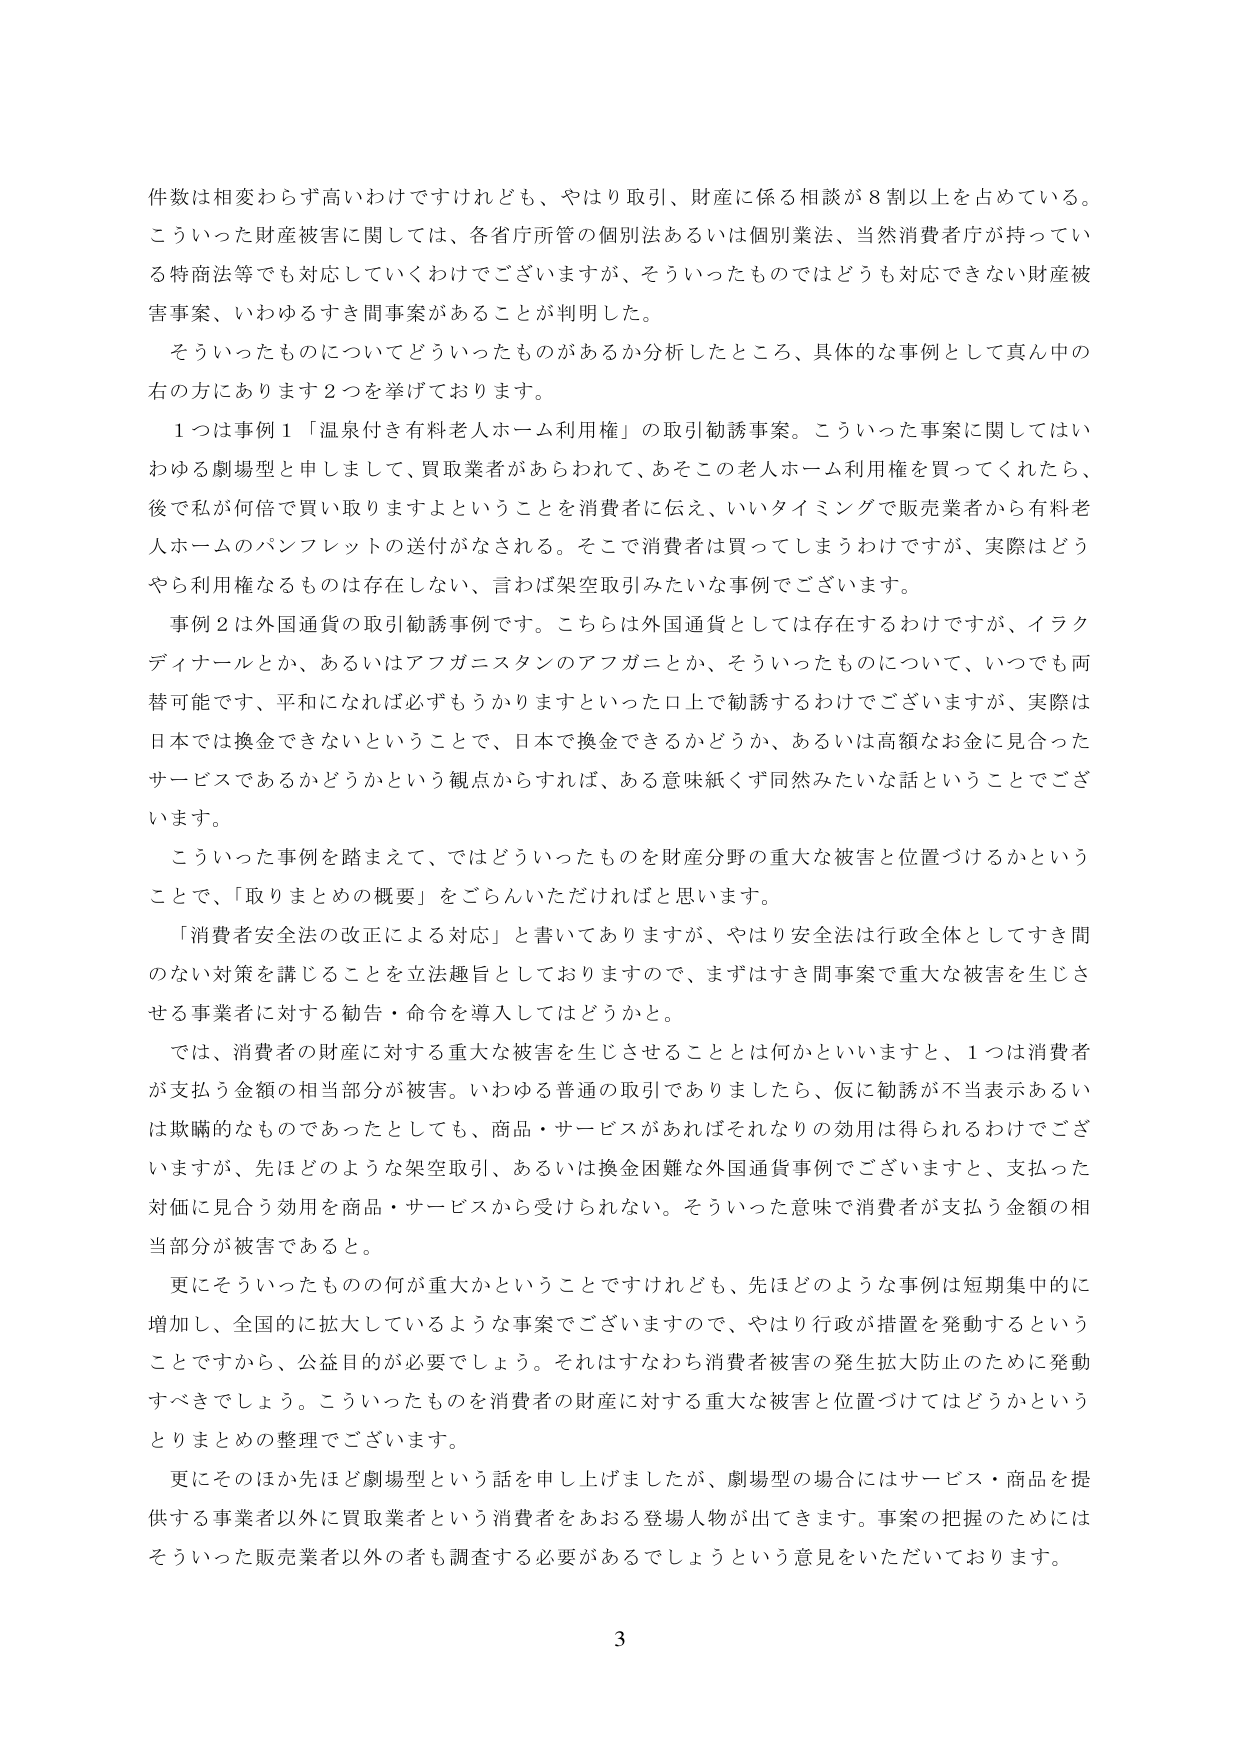
件数は相変わらず高いわけですが、やはり取引、財産に係る相談が８割以上を占めている。
こういった財産被害に関しては、各省庁所管の個別法あるいは個別業法、当然消費者庁が持っている特商法等でも対応していくわけでございますが、そういったものではどうも対応できない財産被害事案、いわゆるすき間事案があることが判明した。

そういったものについてどういったものがあるか分析したところ、具体的な事例として真ん中の右の方にあります２つを挙げております。

１つは事例１「温泉付き有料老人ホーム利用権」の取引勧誘事案。こういった事案に関してはいわゆる劇場型と申しまして、買取業者があらわれて、あそこの老人ホーム利用権を買ってくれたら、後で私が何倍で買い取りますよということを消費者に伝え、いいタイミングで販売業者から有料老人ホームのパンフレットの送付がなされる。そこで消費者は買ってしまうわけですが、実際はどうやら利用権なるものは存在しない、言わば架空取引みたいな事例でございます。

事例２は外国通貨の取引勧誘事例です。こちらは外国通貨としては存在するわけですが、イラクディナールとか、あるいはアフガニスタンのアフガニとか、そういったものについて、いつでも両替可能です、平和になれば必ずもうかりますといった口上で勧誘するわけでございますが、実際は日本では換金できないということで、日本で換金できるかどうか、あるいは高額なお金に見合ったサービスであるかどうかという観点からすれば、ある意味紙くず同然みたいな話ということでございます。

こういった事例を踏まえて、ではどういったものを財産分野の重大な被害と位置づけるかということで、「取りまとめの概要」をごらんいただければと思います。

「消費者安全法の改正による対応」と書いてありますが、やはり安全法は行政全体としてすき間のない対策を講じることを立法趣旨としておりますので、まずはすき間事案で重大な被害を生じさせる事業者に対する勧告・命令を導入してはどうかと。

では、消費者の財産に対する重大な被害を生じさせることとは何かといいますと、１つは消費者が支払う金額の相当部分が被害。いわゆる普通の取引でありましたら、仮に勧誘が不当表示あるいは欺瞞的なものであったとしても、商品・サービスがあればそれなりの効用は得られるわけでございますが、先ほどのような架空取引、あるいは換金困難な外国通貨事例でございますと、支払った対価に見合う効用を商品・サービスから受けられない。そういった意味で消費者が支払う金額の相当部分が被害であると。

更にそういったものの何が重大かということですけれども、先ほどのような事例は短期集中的に増加し、全国的に拡大しているような事案でございますので、やはり行政が措置を発動するということですから、公益目的が必要でしょう。それはすなわち消費者被害の発生拡大防止のために発動すべきでしょう。こういったものを消費者の財産に対する重大な被害と位置づけてはどうかというとりまとめの整理でございます。

更にそのほか先ほど劇場型という話を申し上げましたが、劇場型の場合にはサービス・商品を提供する事業者以外に買取業者という消費者をあおる登場人物が出てきます。事案の把握のためにはそういった販売業者以外の者も調査する必要があるでしょうという意見をいただいております。

3